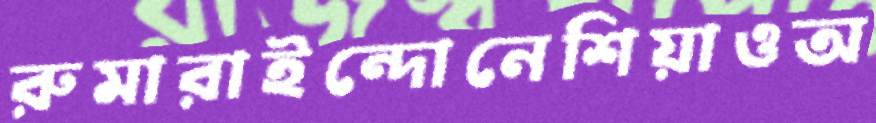
রুমারাইন্দোনেশিয়াওঅ